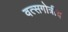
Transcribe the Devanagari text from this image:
वत्सगोत्रीय